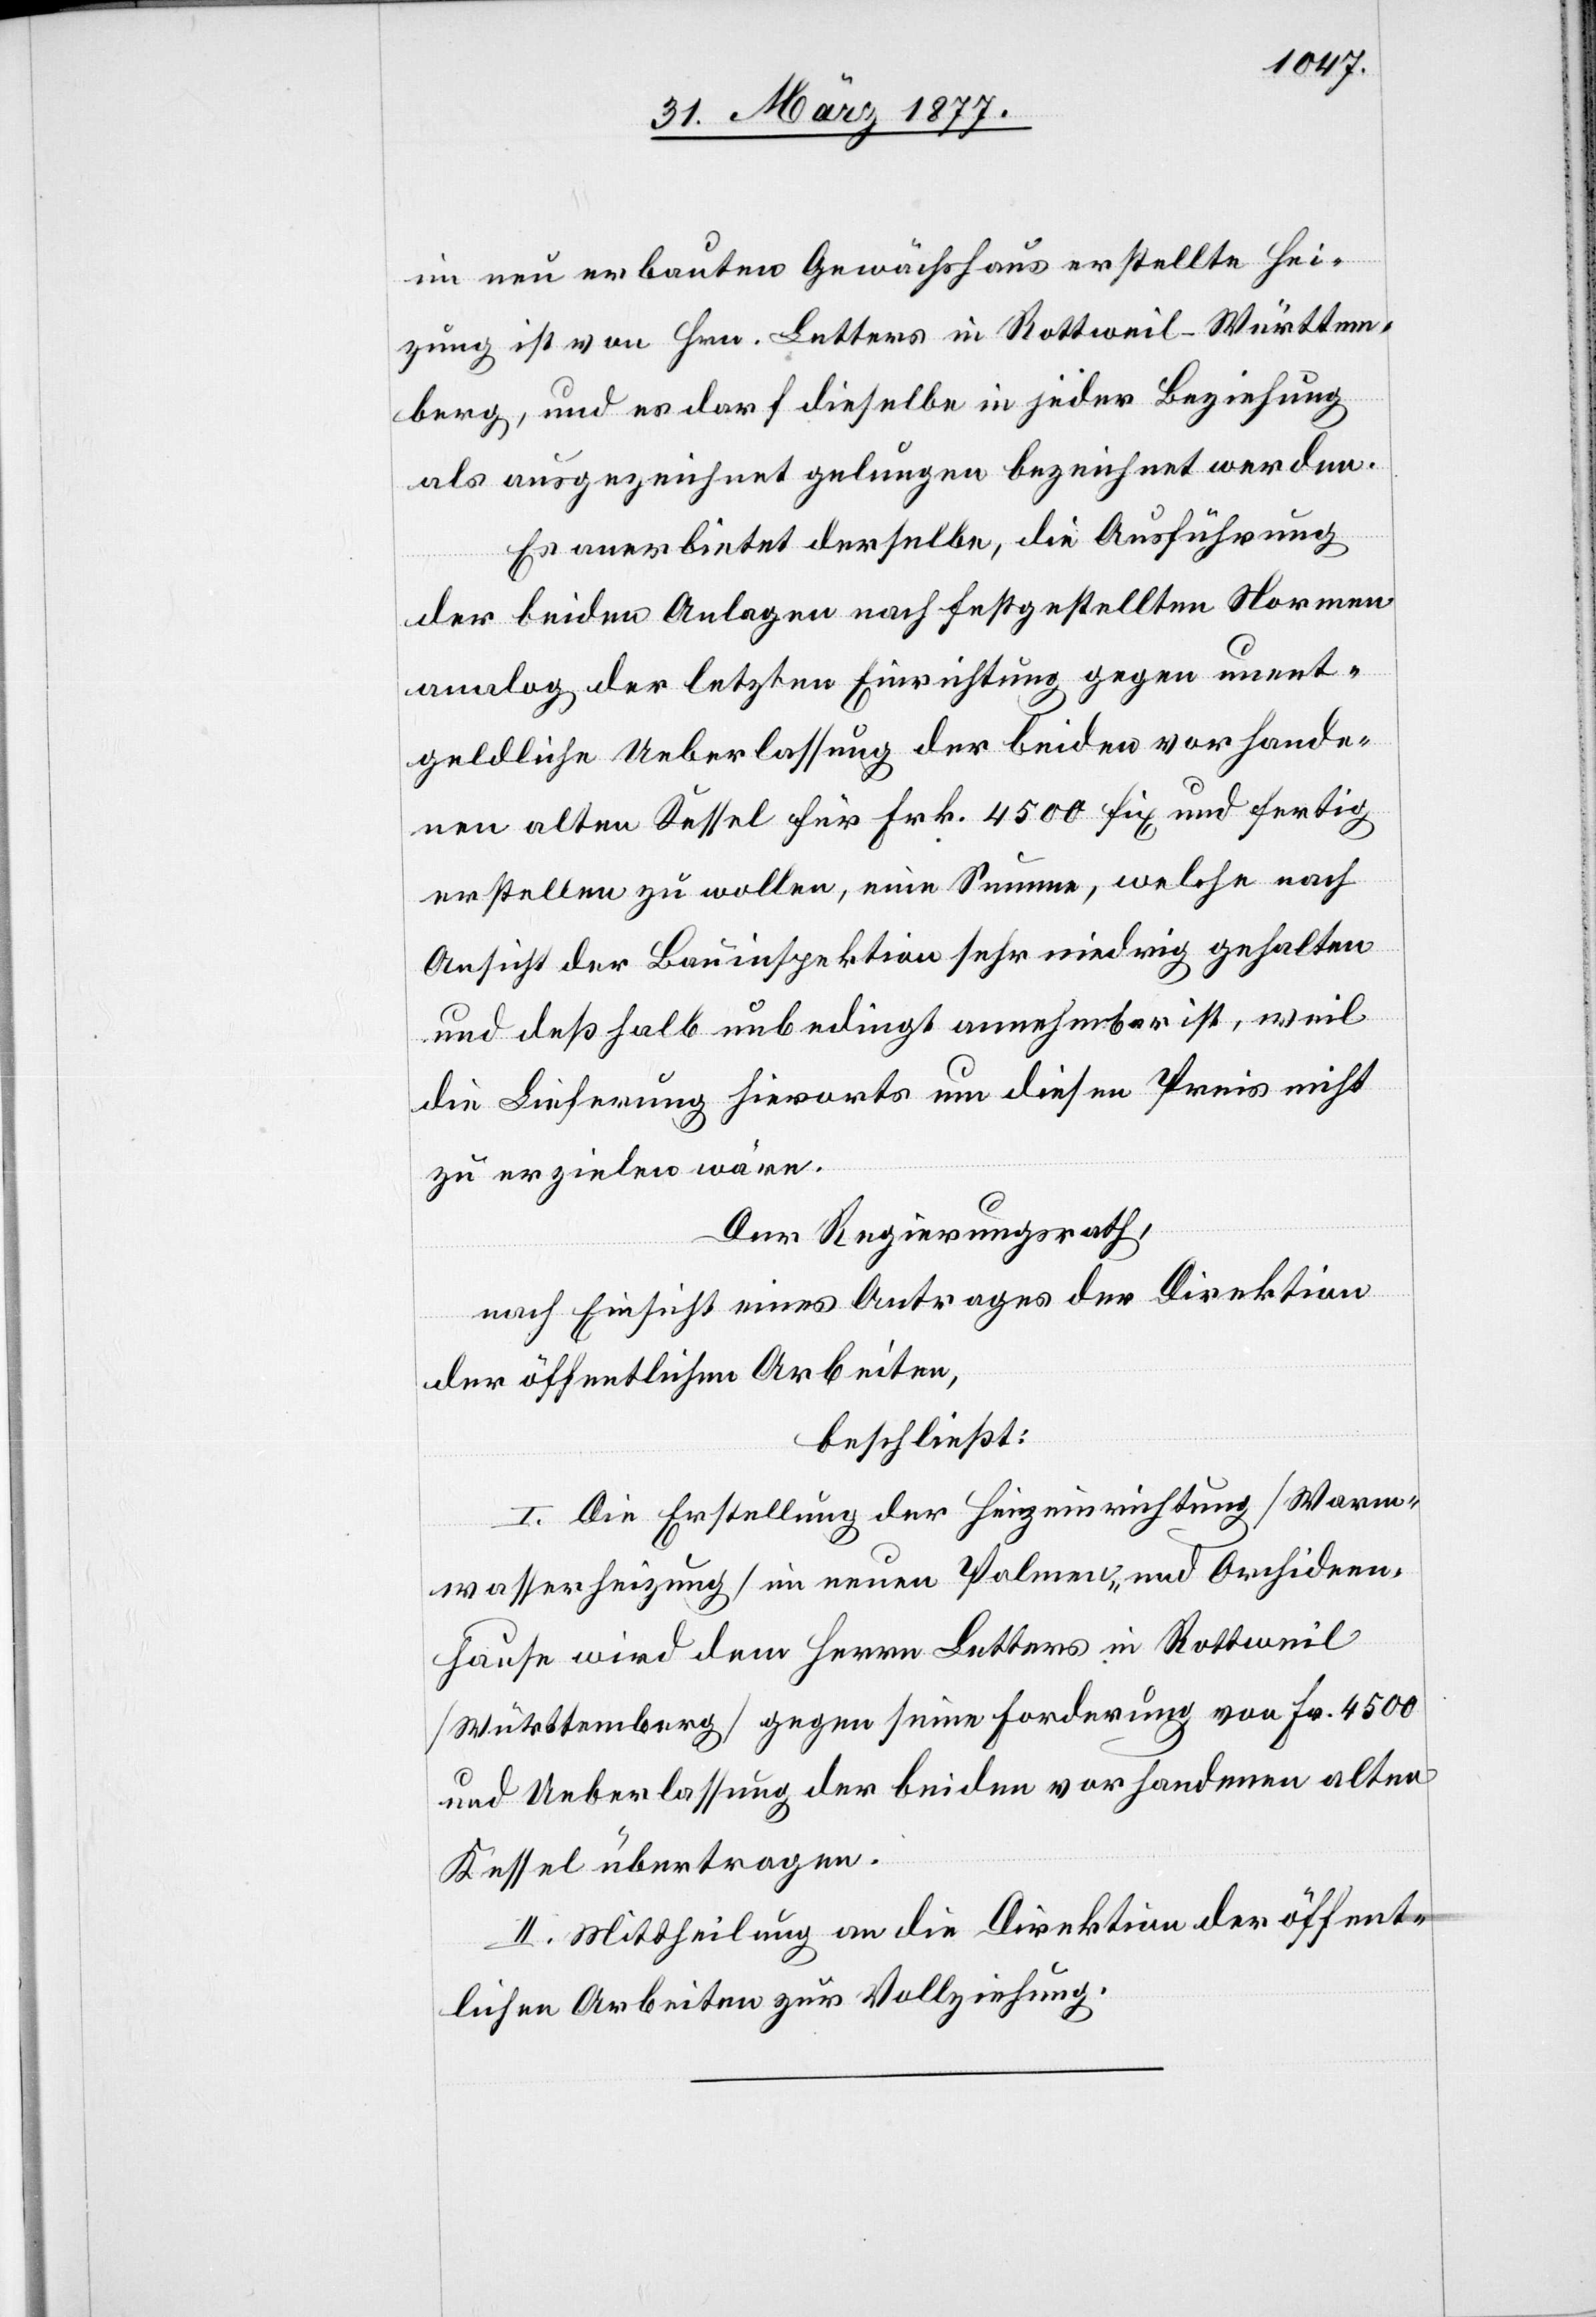
im neu erbauten Gewächshaus erstellte Hei¬
zung ist von Hrn. Letters in Rottweil - Württem¬
berg, und es darf dieselbe in jeder Beziehung
als ausgezeichnet gelungen bezeichnet werden.
Es anerbietet derselbe, die Ausführung
der beiden Anlagen nach festgestellten Normen
analog der letzten Einrichtung gegen unent¬
geldliche Ueberlassung der beiden vorhande¬
nen alten Kessel für Frk. 4500 fix und fertig
erstellen zu wollen, eine Summe, welche nach
Ansicht der Bauinspektion sehr niedrig gehalten
und deßhalb unbedingt annehmbar ist, weil
die Lieferung hierorts um diesen Preis nicht
zu erzielen wäre.
Der Regierungsrath,
nach Einsicht eines Antrages der Direktion
der öffentlichen Arbeiten,
beschließt:
I. Die Erstellung der Heizeinrichtung [Warm¬
wasserheizung] im neuen Palmen- und Orchideen¬
hause wird dem Herrn Letters in Rottweil
[Württemberg] gegen seine Forderung von Fr. 4500
und Ueberlassung der beiden vorhandenen alten
Kessel übertragen.
II. Mittheilung an die Direktion der öffent¬
lichen Arbeiten zur Vollziehung.